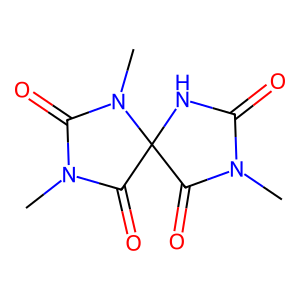
SMILES: CN1C(=O)NC2(C1=O)C(=O)N(C)C(=O)N2C
Inhibits HIV replication: No